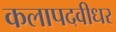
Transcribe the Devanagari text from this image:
कलापदवीधर